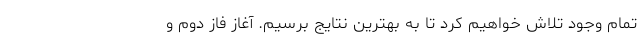
تمام وجود تلاش خواهیم کرد تا به بهترین نتایج برسیم. آغاز فاز دوم و